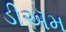
ડીઍમ